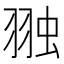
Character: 𮶋